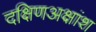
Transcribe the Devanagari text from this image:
दक्षिणअक्षांश